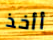
أأخذ